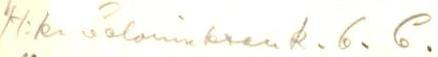
H:ki Caloniuksenk. 6. C.